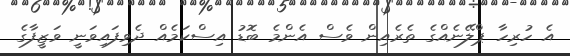
އެ ހުރިހާ ޕްލޭނެއްގެ ތެރެއިން ވެސް އެންމެ ބޮޑު އިސްކަމެއް ދެވިފައިވަނީ ވަޒީފާގެ